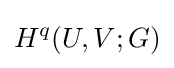
H^{q}(U,V;G)